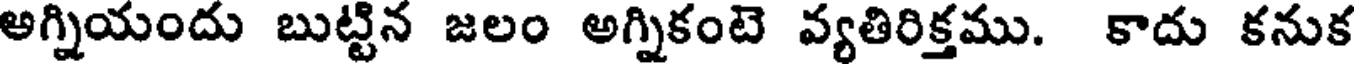
అగ్నియందు బుట్టిన జలం అగ్నికంటె వ్యతిరిక్తము. కాదు కనుక